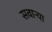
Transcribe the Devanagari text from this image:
सवाऱ्या